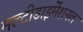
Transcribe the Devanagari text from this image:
मल्टीडाइमेंशनल